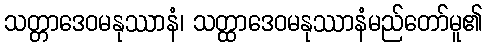
သတ္တာဒေဝမနုဿာနံ၊ သတ္ထာဒေဝမနုဿာနံမည်တော်မူ၏